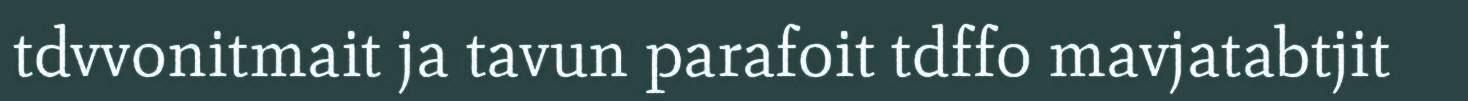
tdvvonitmait ja tavun parafoit tdffo mavjatabtjit